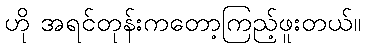
ဟို အရင်တုန်းကတော့ကြည့်ဖူးတယ်။